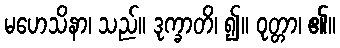
မဟေသိနာ၊ သည်။ ဒုက္ခာတိ၊ ၍။ ဝုတ္တာ၊ ၏။